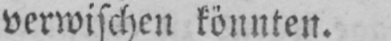
verwischen könnten.